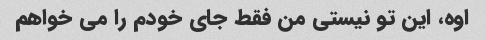
اوه، این تو نیستی من فقط جای خودم را می خواهم